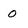
Character: O